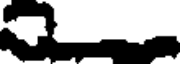
.